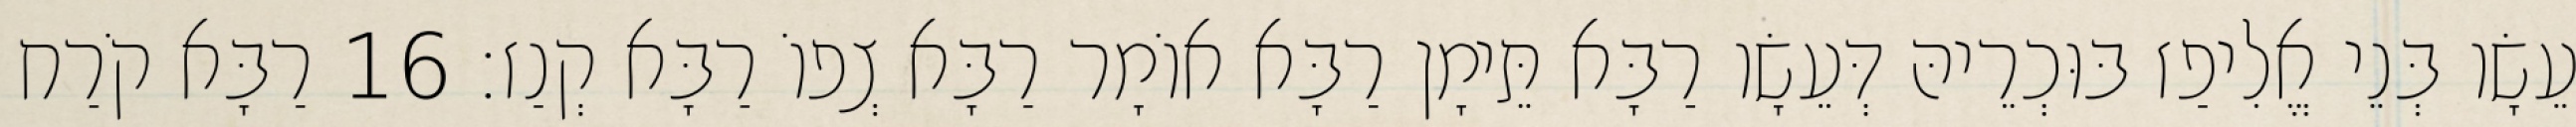
עֵשָׂו בְּנֵי אֱלִיפַז בּוּכְרֵיהּ דְּעֵשָׂו רַבָּא תֵּימָן רַבָּא אוֹמָר רַבָּא צְפוֹ רַבָּא קְנַז׃ 16 רַבָּא קֹרַח